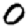
Digit: 0